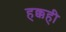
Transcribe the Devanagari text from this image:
हक्कही